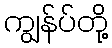
ကျွန်ပ်တို့